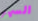
السهر